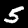
Digit: 5